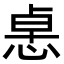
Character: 𢛂